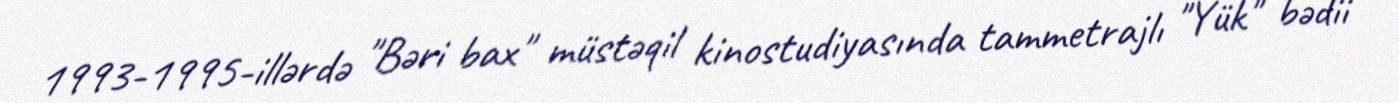
1993-1995-illərdə "Bəri bax" müstəqil kinostudiyasında tammetrajlı "Yük" bədii